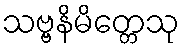
သဗ္ဗနိမိတ္တေသု